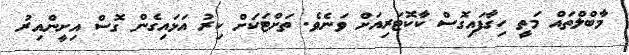
މާބްލްތައް މަތީ ހިގާފައިގޮސް ކާކޮޓަރިއަށް ވަނެވެ. ތަށްޓަކަށް ކިރު އަޅައިގެން ގޮސް އިށީންއިރު